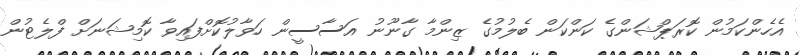
އެހެންކަމުން ކޮރަޕްޝަންގެ ކަންކަން ބެލުމުގެ ޒިންމާ ގާނޫނު އަސާސީން ހަވާލުކޮށްފައިވާ ކޮމިޝަނަށް ފްލެޓުން